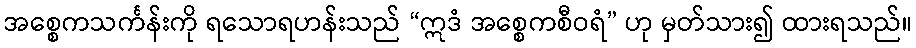
အစ္စေကသင်္ကန်းကို ရသောရဟန်းသည် “ဣဒံ အစ္စေကစီဝရံ” ဟု မှတ်သား၍ ထားရသည်။